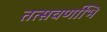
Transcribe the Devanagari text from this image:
तत्सवर्णाभि